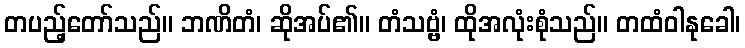
တပည့်တော်သည်။ ဘဏိတံ၊ ဆိုအပ်၏။ တံသဗ္ဗံ၊ ထိုအလုံးစုံသည်။ တထံဝါနုခေါ၊